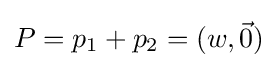
P=p_{1}+p_{2}=(w,{\vec {0}})